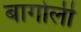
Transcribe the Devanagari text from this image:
बागोली